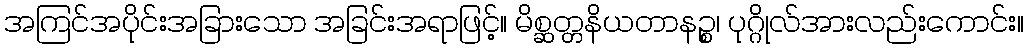
အကြင်အပိုင်းအခြားသော အခြင်းအရာဖြင့်။ မိစ္ဆတ္တနိယတာနဉ္စ၊ ပုဂ္ဂိုလ်အားလည်းကောင်း။